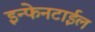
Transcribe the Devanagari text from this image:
इन्फेनटाईल